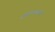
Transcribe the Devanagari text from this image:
शासनाखाली